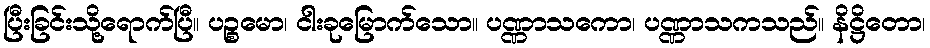
ပြီးခြင်းသို့ရောက်ပြီ။ ပဉ္စမော၊ ငါးခုမြောက်သော။ ပဏ္ဏာသကော၊ ပဏ္ဏာသကသည်။ နိဋ္ဌိတော၊